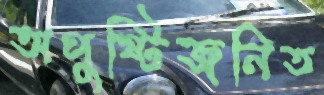
অপুষ্টিজনিত